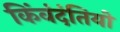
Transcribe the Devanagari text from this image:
किंवंदंतियों